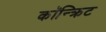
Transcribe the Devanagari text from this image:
कॉन्‍क्रिट